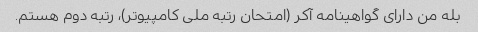
بله من دارای گواهینامه آکر (امتحان رتبه ملی کامپیوتر)، رتبه دوم هستم.